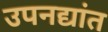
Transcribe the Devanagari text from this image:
उपनद्यांत